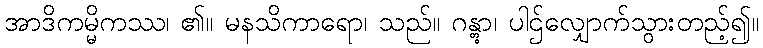
အာဒိကမ္မိကဿ၊ ၏။ မနသိကာရော၊ သည်။ ဂန္တွာ၊ ပါဌ်လျှောက်သွားတည့်၍။